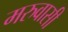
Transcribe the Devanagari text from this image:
मरुवासी